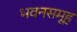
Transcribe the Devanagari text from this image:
भवनसमूह